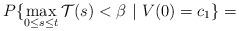
LaTeX: \begin{align*}P\{\max_{0\le s\le t}\mathcal{T}(s)< \beta\ |\ V(0) = c_1\} = \end{align*}